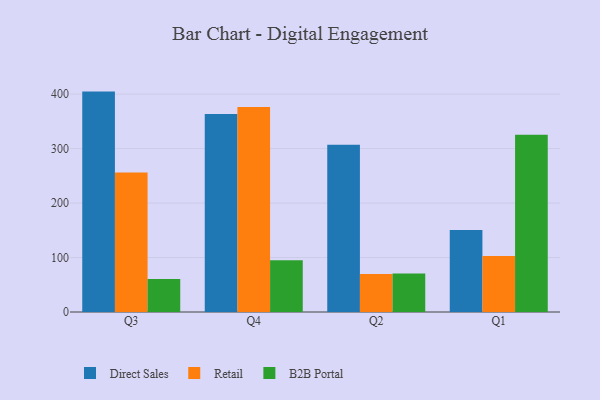
{"axis": {"x": "Quarter", "y": "Conversion Rate (%)"}, "legend": ["B2B Portal", "Direct Sales", "Retail"], "data": [{"x": "Q3", "y": 404.6, "type": "Direct Sales"}, {"x": "Q3", "y": 256.3, "type": "Retail"}, {"x": "Q3", "y": 60.7, "type": "B2B Portal"}, {"x": "Q4", "y": 363.6, "type": "Direct Sales"}, {"x": "Q4", "y": 376.5, "type": "Retail"}, {"x": "Q4", "y": 95.0, "type": "B2B Portal"}, {"x": "Q2", "y": 307.0, "type": "Direct Sales"}, {"x": "Q2", "y": 69.9, "type": "Retail"}, {"x": "Q2", "y": 70.5, "type": "B2B Portal"}, {"x": "Q1", "y": 150.7, "type": "Direct Sales"}, {"x": "Q1", "y": 102.7, "type": "Retail"}, {"x": "Q1", "y": 325.2, "type": "B2B Portal"}]}